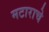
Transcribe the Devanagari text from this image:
मटाराचे